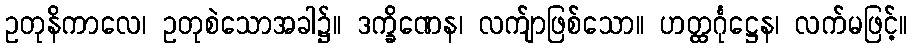
ဥတုနိကာလေ၊ ဥတုစဲသောအခါ၌။ ဒက္ခိဏေန၊ လက်ျာဖြစ်သော။ ဟတ္ထင်္ဂုဋ္ဌေန၊ လက်မဖြင့်။